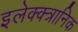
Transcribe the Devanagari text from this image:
इलेक्क्त्रानिक